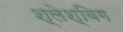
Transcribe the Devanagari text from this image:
श्लेश्विग